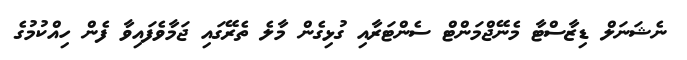
ނެޝަނަލް ޑިޒާސްޓާ މެނޭޖްމަންޓް ސެންޓަރާއި ގުޅިގެން މާލެ ތެރޭގައި ޖަމާވެފައިވާ ފެން ހިއްކުމުގެ